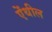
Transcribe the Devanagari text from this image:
ऐंथील